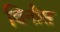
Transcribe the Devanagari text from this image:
विनौस